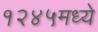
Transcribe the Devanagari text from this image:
१२४५मध्ये